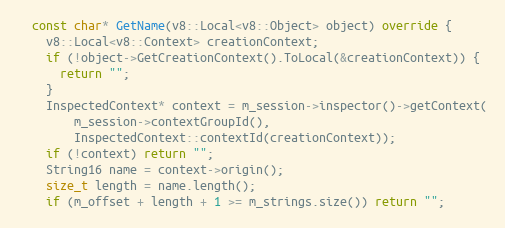
Language: C++
  const char* GetName(v8::Local<v8::Object> object) override {
    v8::Local<v8::Context> creationContext;
    if (!object->GetCreationContext().ToLocal(&creationContext)) {
      return "";
    }
    InspectedContext* context = m_session->inspector()->getContext(
        m_session->contextGroupId(),
        InspectedContext::contextId(creationContext));
    if (!context) return "";
    String16 name = context->origin();
    size_t length = name.length();
    if (m_offset + length + 1 >= m_strings.size()) return "";